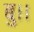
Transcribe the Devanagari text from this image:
बु।।